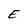
Character: E